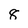
Character: 8